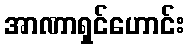
အာဏာရှင်ဟောင်း